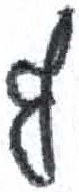
אות: ף